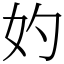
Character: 妁